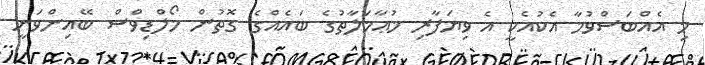
މި އެއްބަސްވުމާ އެކުއެކީ އެ ވިޔަފާރި މުޢާމަލާތުގެ ބައެއްގެ ގޮތުން މޯލްޑިވްސް ބޭއިންވަނީ